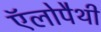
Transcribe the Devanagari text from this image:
ऍलोपैथी